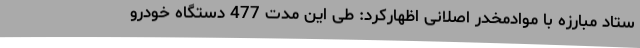
ستاد مبارزه با موادمخدر اصلانی اظهارکرد: طی این مدت 477 دستگاه خودرو